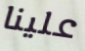
علينا